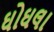
ઘોઘલા